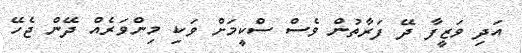
އަދި ވަޒީފާ ދޭ ފަރާތުން ވެސް ސްކީމަށް ވަކި މިންވަރެއް ދޭން ޖެހޭ